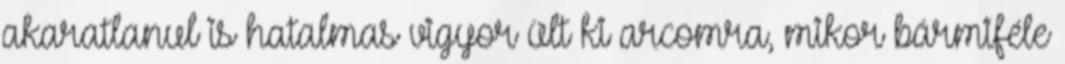
akaratlanul is hatalmas vigyor ült ki arcomra, mikor bármiféle